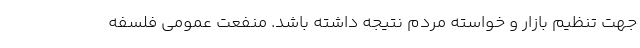
جهت تنظیم بازار و خواسته مردم نتیجه داشته باشد. منفعت عمومی فلسفه